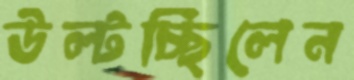
উল্‌টচ্ছিলেন